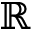
\mathbb { R }